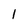
Character: 1